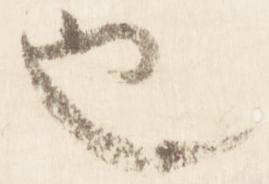
也